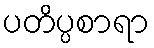
ပတိပ္ပစာရာ